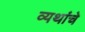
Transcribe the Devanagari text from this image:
व्यथांचे